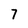
Character: 7